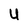
Character: U